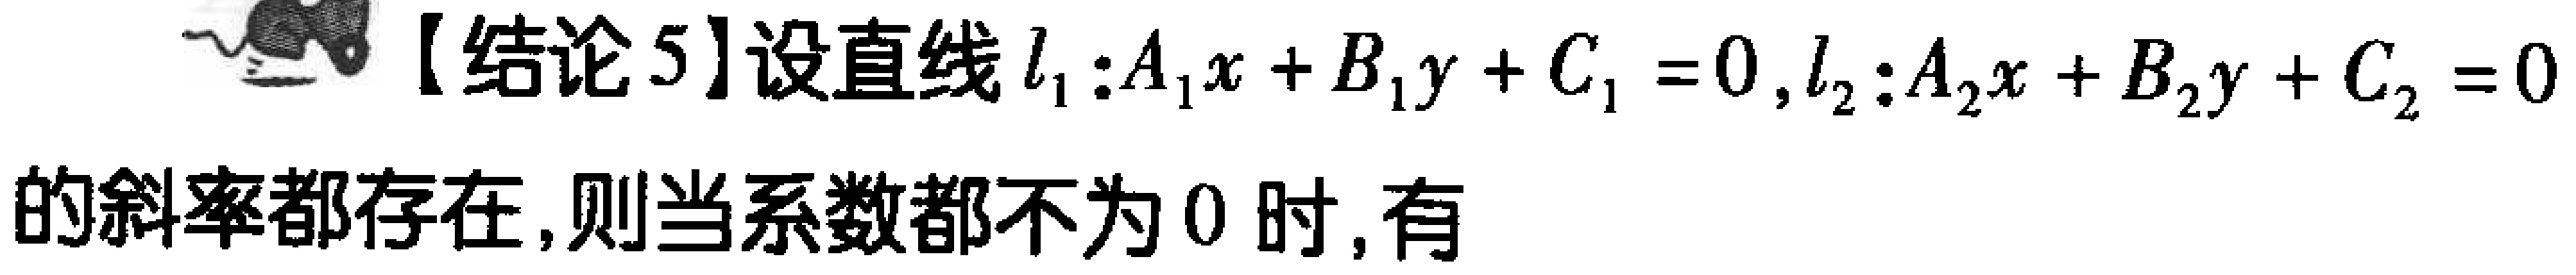
【结论5】设直线\(l_{1}:A_{1}x + B_{1}y + C_{1} = 0\)，\(l_{2}:A_{2}x + B_{2}y + C_{2} = 0\)的斜率都存在，则当系数都不为\(0\)时，有